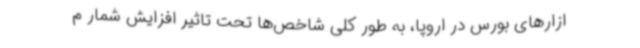
ازارهای بورس در اروپا، به طور کلی شاخص‌ها تحت تاثیر افزایش شمار م